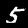
Label: 5